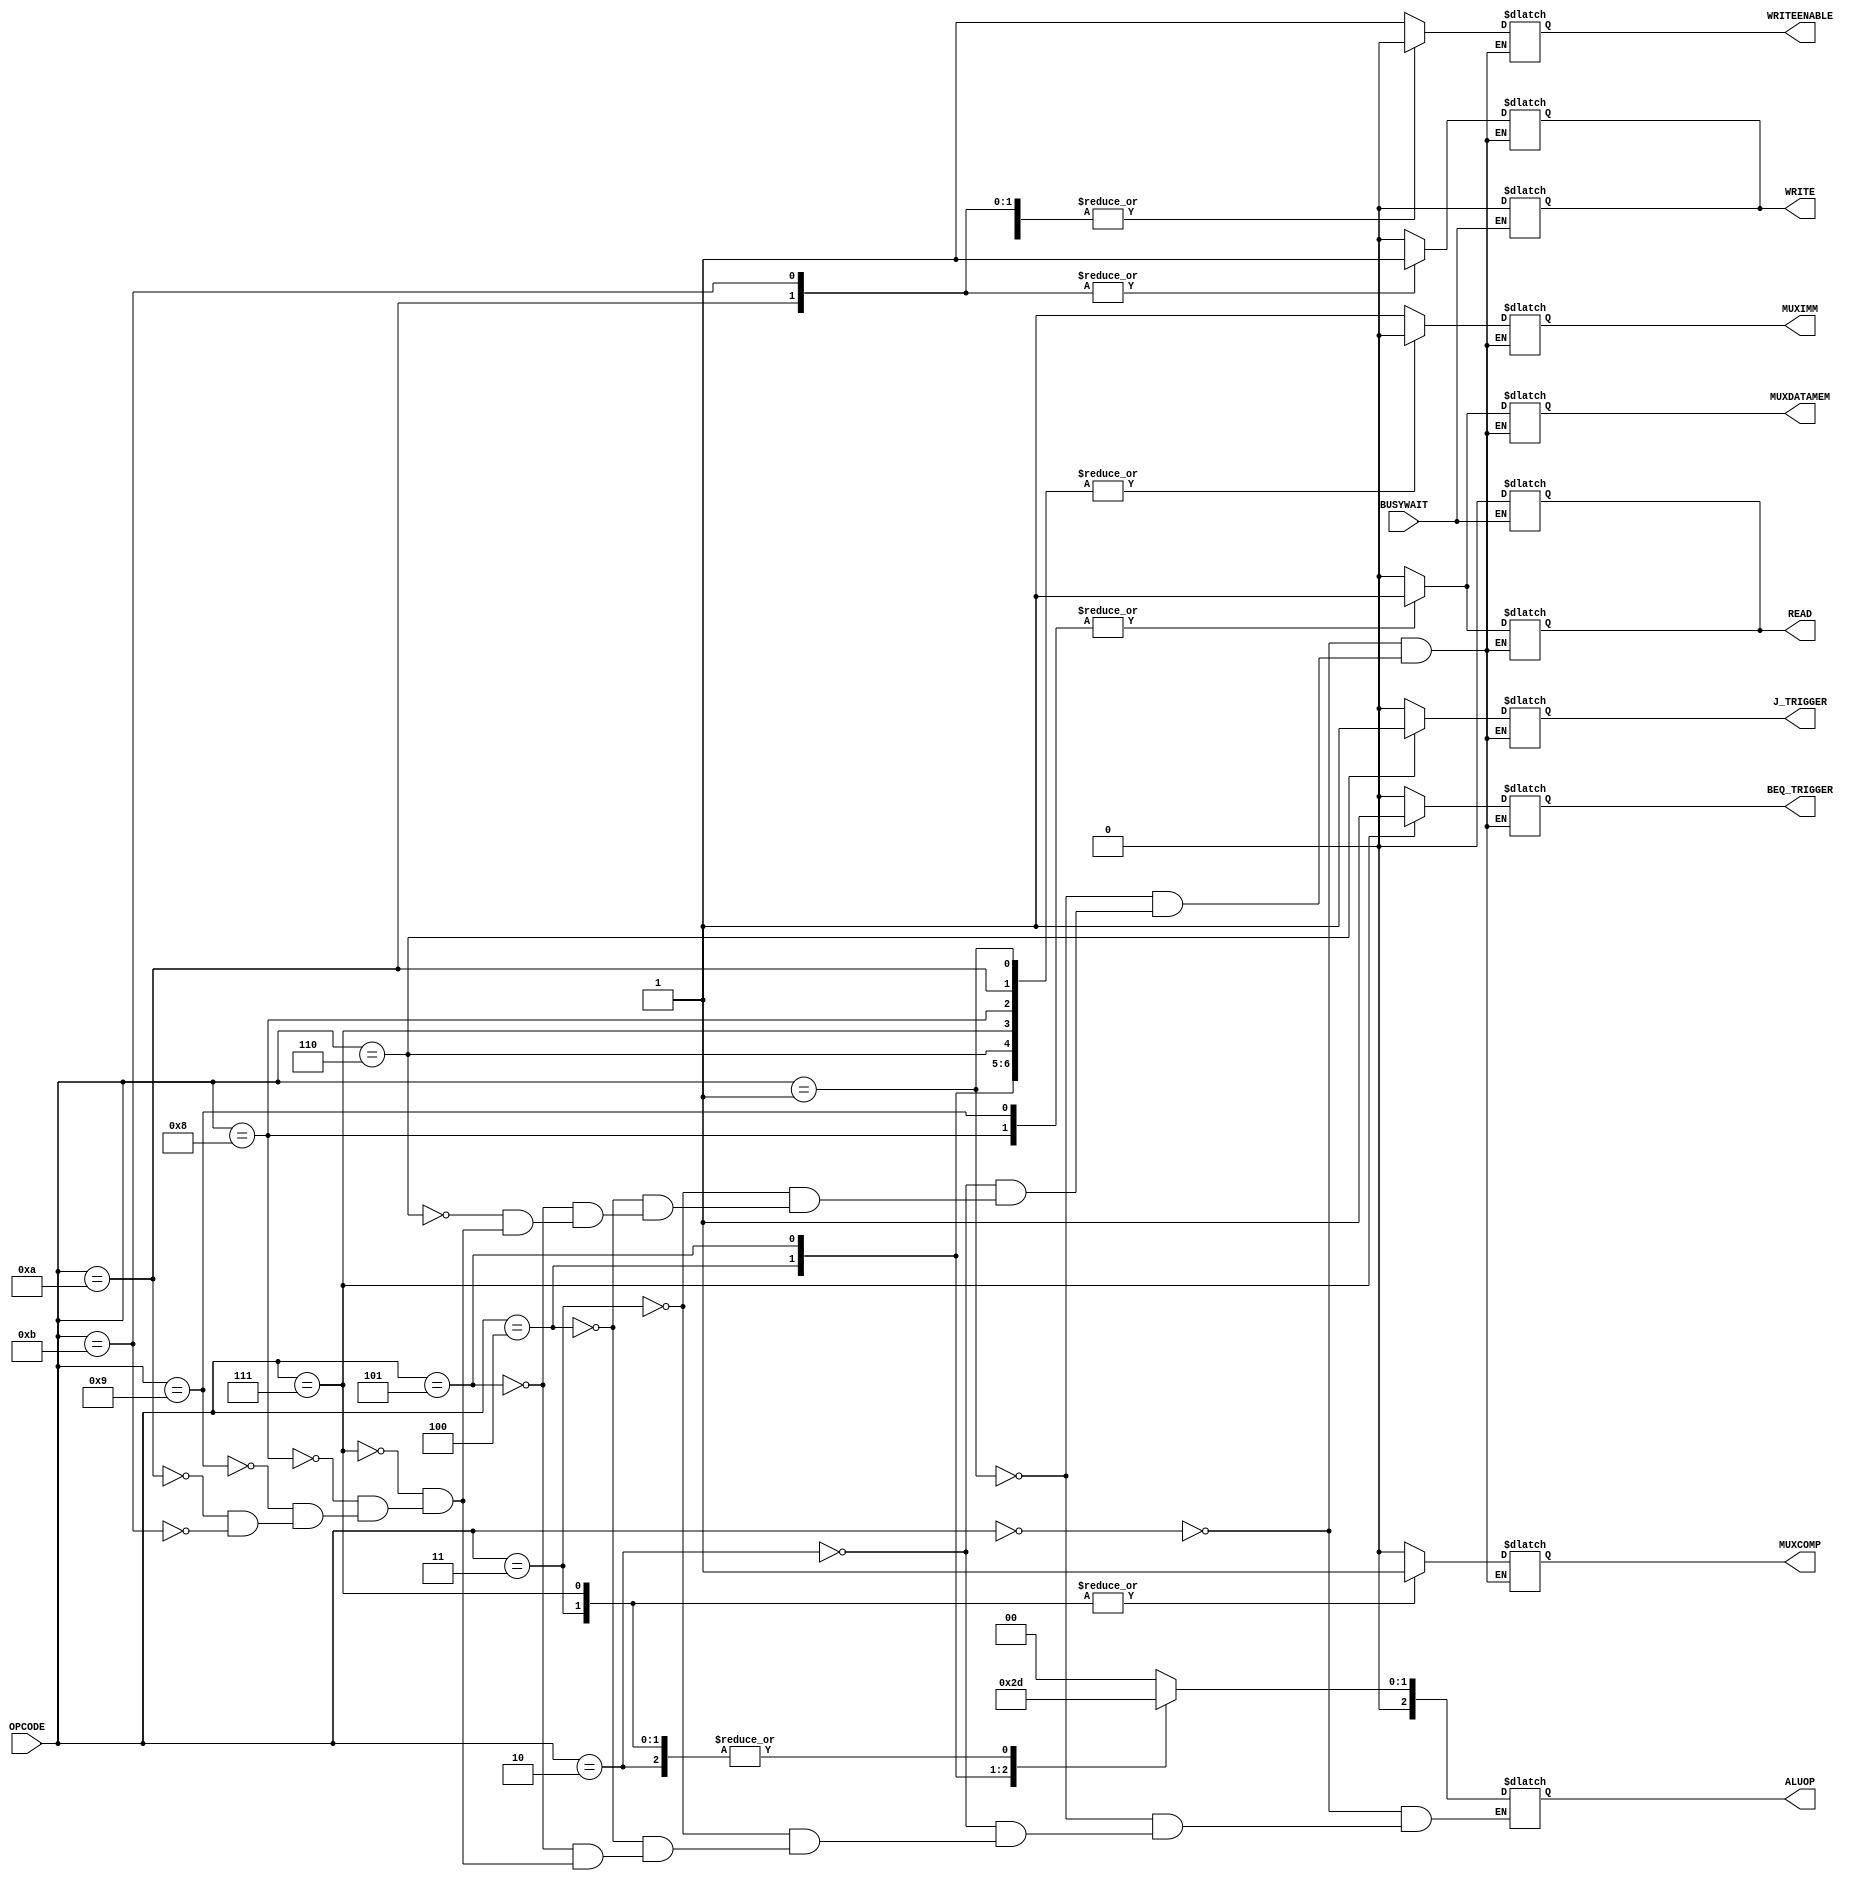
// Computer Architecture (CO224) - Lab 05
// Design: Control Unit for Integrated CPU module

`timescale  1ns/100ps

module control_unit (
	input[7:0] OPCODE, 
	output reg [2:0] ALUOP, 
	output reg WRITEENABLE, 
	output reg MUXCOMP, 
	output reg MUXIMM,
	output reg J_TRIGGER, 
	output reg BEQ_TRIGGER,
	input BUSYWAIT,
	output reg READ,
	output reg WRITE,
	output reg MUXDATAMEM);
	// Here, 
	// MUXCOMP --> Multiplexer associate with 2's Complement Operation
	// MUXIMM --> Multiplexer associate with IMMEDIATE

    always @(BUSYWAIT) begin
		if (!BUSYWAIT) begin
			READ = 0;
			WRITE = 0;
		end
	end

	always @(OPCODE) begin
		//decoding the opcodes
		case(OPCODE)
			8'b00000000: begin #1			// op_loadi
				ALUOP = 3'b000;
				MUXCOMP = 1'b0;
				MUXIMM = 1'b1;
				WRITEENABLE = 1'b1;
				J_TRIGGER = 1'b0;
				BEQ_TRIGGER = 1'b0;
				READ = 1'b0;
				WRITE = 1'b0;
				MUXDATAMEM = 1'b0;
			end

			8'b00000001: begin #1			// op_mov
				ALUOP = 3'b000;
				MUXCOMP = 1'b0;
				MUXIMM = 1'b0;
				WRITEENABLE = 1'b1;
				J_TRIGGER = 1'b0;
				BEQ_TRIGGER = 1'b0;
				READ = 1'b0;
				WRITE = 1'b0;
				MUXDATAMEM = 1'b0;
			end

			8'b00000010: begin #1			// op_add
				ALUOP = 3'b001;
				MUXCOMP = 1'b0;
				MUXIMM = 1'b0;
				WRITEENABLE = 1'b1;
				J_TRIGGER = 1'b0;
				BEQ_TRIGGER = 1'b0;
				READ = 1'b0;
				WRITE = 1'b0;
				MUXDATAMEM = 1'b0;
			end

			8'b00000011: begin #1			// op_sub
				ALUOP = 3'b001;
				MUXCOMP = 1'b1;
				MUXIMM = 1'b0;
				WRITEENABLE = 1'b1;
				J_TRIGGER = 1'b0;
				BEQ_TRIGGER = 1'b0;				
				READ = 1'b0;
				WRITE = 1'b0;
				MUXDATAMEM = 1'b0;
			end

			8'b00000100: begin #1			// op_and
				ALUOP = 3'b010;
				MUXCOMP = 1'b0;
				MUXIMM = 1'b0;
				WRITEENABLE = 1'b1;
				J_TRIGGER = 1'b0;
				BEQ_TRIGGER = 1'b0;				
				READ = 1'b0;
				WRITE = 1'b0;
				MUXDATAMEM = 1'b0;
			end

			8'b00000101: begin #1			// op_or
				ALUOP = 3'b011;
				MUXCOMP = 1'b0;
				MUXIMM = 1'b0;
				WRITEENABLE = 1'b1;
				J_TRIGGER = 1'b0;
				BEQ_TRIGGER = 1'b0;				
				READ = 1'b0;
				WRITE = 1'b0;
				MUXDATAMEM = 1'b0;
			end	

			8'b00000110: begin #1			// op_j
				MUXCOMP = 1'b0;
				MUXIMM = 1'b0;
				WRITEENABLE = 1'b0;
				J_TRIGGER = 1'b1;
				BEQ_TRIGGER = 1'b0;				
				READ = 1'b0;
				WRITE = 1'b0;
				MUXDATAMEM = 1'b0;
			end	
				
			8'b00000111: begin #1			// op_beq
				ALUOP = 3'b001;
				MUXCOMP = 1'b1;
				MUXIMM = 1'b0;
				WRITEENABLE = 1'b0;
				J_TRIGGER = 1'b0;
				BEQ_TRIGGER = 1'b1;
				READ = 1'b0;
				WRITE = 1'b0;
				MUXDATAMEM = 1'b0;
			end

			8'b00001000: begin #1			// op_lwd
				ALUOP = 3'b000;
				MUXCOMP = 1'b0;
				MUXIMM = 1'b0;
				WRITEENABLE = 1'b1;
				J_TRIGGER = 1'b0;
				BEQ_TRIGGER = 1'b0;
				READ = 1'b1;
				WRITE = 1'b0;
				MUXDATAMEM = 1'b1;
			end
			
			8'b00001001: begin #1			// op_lwi
				ALUOP = 3'b000;
				MUXCOMP = 1'b0;
				MUXIMM = 1'b1;
				WRITEENABLE = 1'b1;
				J_TRIGGER = 1'b0;
				BEQ_TRIGGER = 1'b0;
				READ = 1'b1;
				WRITE = 1'b0;
				MUXDATAMEM = 1'b1;
			end
				
			8'b00001010: begin #1			// op_swd
				ALUOP = 3'b000;
				MUXCOMP = 1'b0;
				MUXIMM = 1'b0;
				WRITEENABLE = 1'b0;
				J_TRIGGER = 1'b0;
				BEQ_TRIGGER = 1'b0;
				READ = 1'b0;
				WRITE = 1'b1;
				MUXDATAMEM = 1'b0;
			end
				
			8'b00001011: begin #1			// op_swi
				ALUOP = 3'b000;
				MUXCOMP = 1'b0;
				MUXIMM = 1'b1;
				WRITEENABLE = 1'b0;
				J_TRIGGER = 1'b0;
				BEQ_TRIGGER = 1'b0;
				READ = 1'b0;
				WRITE = 1'b1;
				MUXDATAMEM = 1'b0;
			end	
		endcase        
	end
endmodule